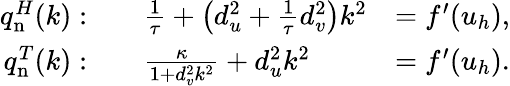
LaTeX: {\begin{array}{rlr}{q_{\mathrm{n}}^{H}(k):}&{\quad{\frac{1}{\tau}}+\left(d_{u}^{2}+{\frac{1}{\tau}}d_{v}^{2}\right)k^{2}}&{=f^{\prime}(u_{h}),}\\ {q_{\mathrm{n}}^{T}(k):}&{\quad{\frac{\kappa}{1+d_{v}^{2}k^{2}}}+d_{u}^{2}k^{2}}&{=f^{\prime}(u_{h}).}\end{array}}